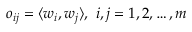
o _ { i j } = \langle w _ { i } , w _ { j } \rangle , ~ i , j = 1 , 2 , \ldots , m